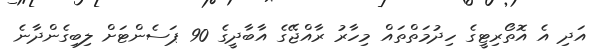
އަދި އެ އޮތޯރިޓީގެ ހިދުމަތްތައް މިހާރު ރާއްޖޭގެ އާބާދީގެ 90 ޕަސެންޓަށް ލިބިގެންދާނެ